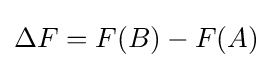
\Delta F=F(B)-F(A)